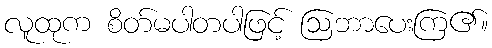
လူထုက စိတ်မပါတပါဖြင့် ဩဘာပေးကြ၏။